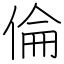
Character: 倫